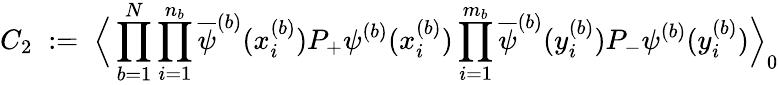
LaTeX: C_{2}\; :=\; \Big\langle\prod_{b=1}^{N}\prod_{i=1}^{n_{b}}\overline{{{\psi}}}^{(b)}(x_{i}^{(b)})P_{+}\psi^{(b)}(x_{i}^{(b)})\prod_{i=1}^{m_{b}}\overline{{{\psi}}}^{(b)}(y_{i}^{(b)})P_{-}\psi^{(b)}(y_{i}^{(b)})\Big\rangle_{0}